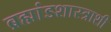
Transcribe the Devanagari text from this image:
ब्रह्मांडशास्त्राशी